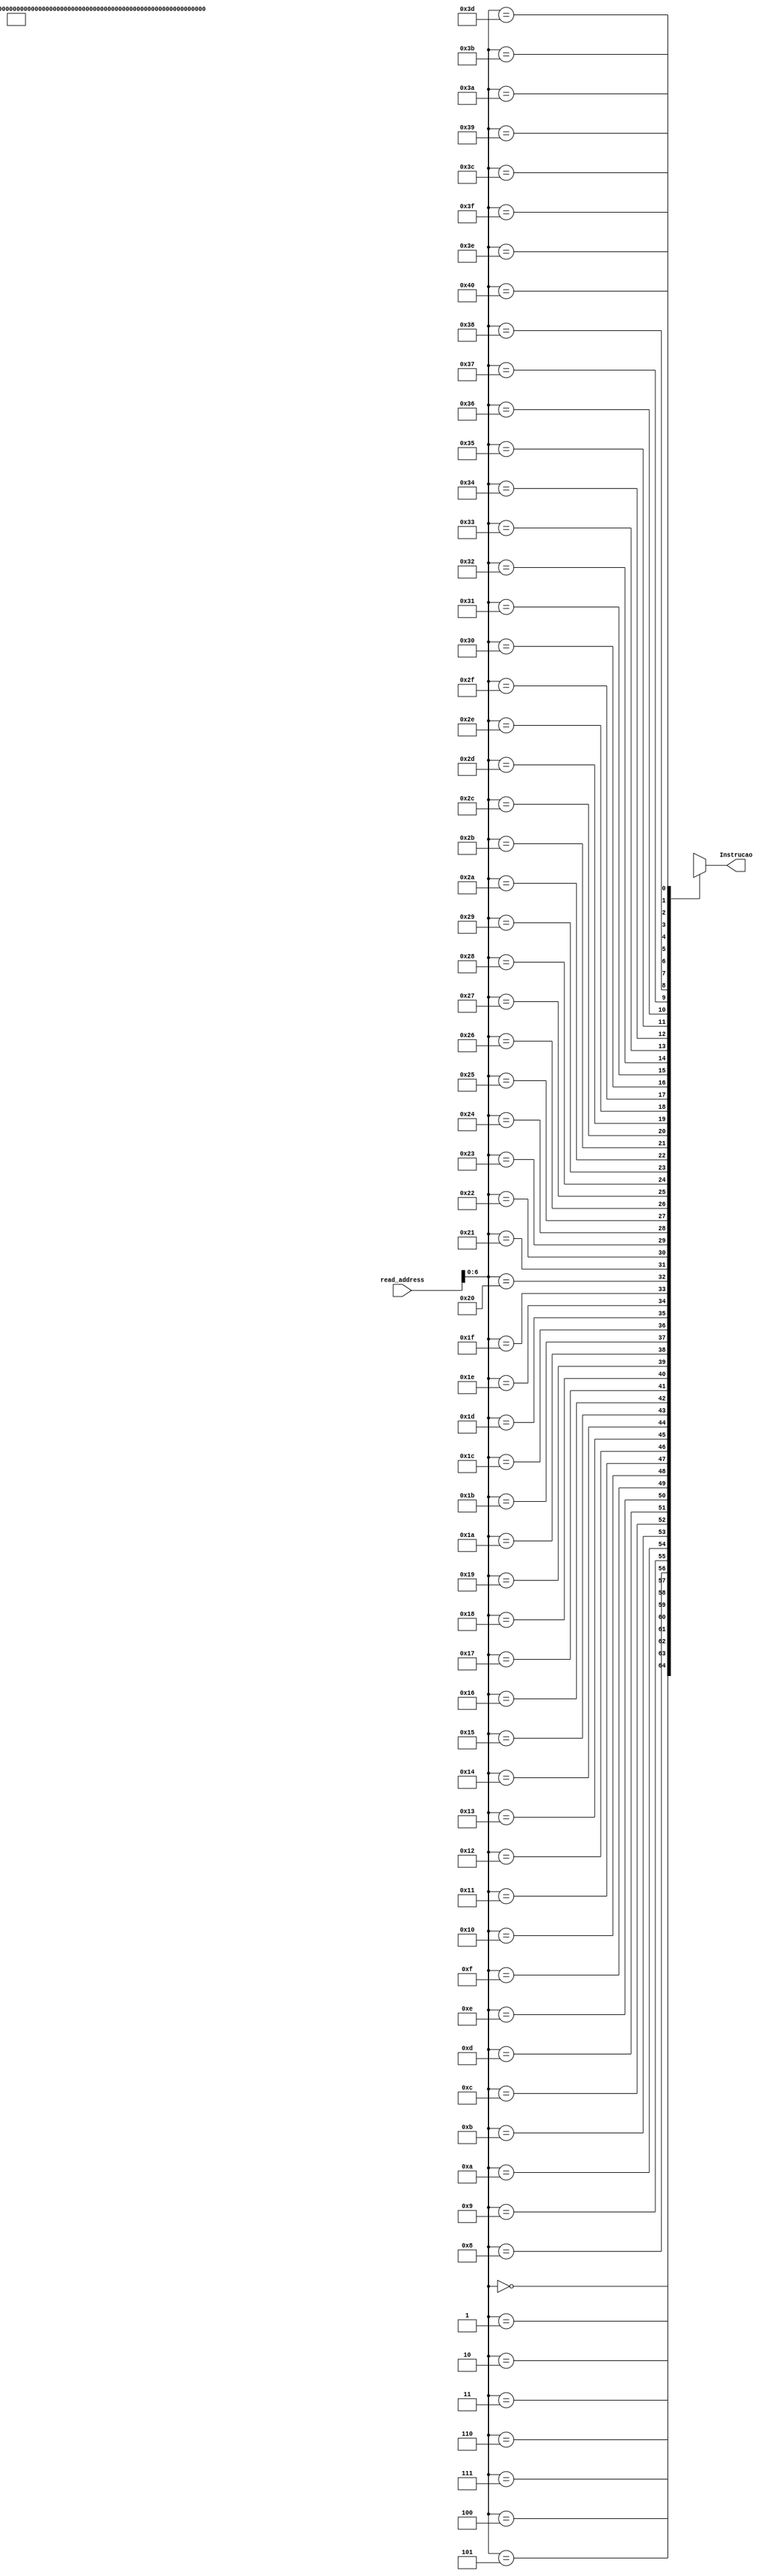
module Memoria_Instrucoes (read_address, Instrucao);
	input [9:0] read_address;
	reg [33:0] mem_instrucoes [64:0];
	output  [33:0] Instrucao; 
	
	always@ (read_address)
		begin
	
		
				//Fibonacci
				
				mem_instrucoes [0] = 34 'B010000_000010_000000_000000_0000000001; //zerando os regiistradores (ADDI) 
				mem_instrucoes [1] = 34 'B010000_000001_000000_000000_0000000010; //zerando os regiistradores (ADDI)
				mem_instrucoes [2] = 34 'B010000_000101_000000_000000_0000000011; //zerando os regiistradores (ADDI)
				mem_instrucoes [3] = 34 'B010000_001000_000000_000000_0000000100; //zerando os regiistradores (ADDI)
				mem_instrucoes [4] = 34 'B010000_000001_000000_000001_0000000101; //Registrador b (000001)= registrador constante (000000) + 1 (ADDI)
				mem_instrucoes [5] = 34 'B100000_000101_000000_000000_0000000110; //Registrador C (000101) = switches (IN)
				mem_instrucoes [6] = 34 'B000000_000100_000010_000001_0000000111; //Auxiliar (000100) = a (000010) + b (000001)  (ADD)
				mem_instrucoes [7] = 34 'B000000_000010_000000_000001_0000001000; // a (000010) = registrador constante (000000) + b (000001) (ADD)
				mem_instrucoes [8] = 34 'B000000_000001_000000_000100_0000001001; // b (000001) = registrador constante (000000) + Auxiliar (000100) (ADD)
				mem_instrucoes [9] = 34 'B010000_001000_001000_000001_0000001010; // d (001000) = d (001000) + 1  (contador) (ADDI)
			   mem_instrucoes [10] = 34 'B001011_000110_000101_001000_0000000110; //   if (C (000101) !=d (001000)) vai para instruo 2 e repete o loop (comparador) (BNE) 
				mem_instrucoes [11] = 34 'B100010_000000_000000_000100_0000000000; //Imprime o valor no display e volta para instruo 0 (OUT)
				
				//Sinttico
				
				/*mem_instrucoes [0] = 34 'B100000_000001_000000_000000_0000000001; //Registrador A (000001) = switches (IN)
				mem_instrucoes [1] = 34 'B100000_000010_000000_000000_0000000010; //Registrador B (000010) = switches (IN)
				mem_instrucoes [2] = 34 'B000000_000011_000010_000001_0000000011; //Registrador C (000011) = B (000010) + A (000001)  (ADD)
				mem_instrucoes [3] = 34 'B100010_000000_000000_000011_0000000100; //Imprime o valor de, no display,  C (000011) (OUT)
				mem_instrucoes [4] = 34 'B000001_000100_000010_000001_0000000101; //Registrador D (000100) = B (000010) - A (000001)  (SUB)
				mem_instrucoes [5] = 34 'B100010_000000_000000_000100_0000000110; //Imprime o valor de, no display,  D (000100) (OUT)
				mem_instrucoes [6] = 34 'B000010_000101_000010_000001_0000000111; //Registrador E (000101) = B (000010) * A (000001)   (MULT)
				mem_instrucoes [7] = 34 'B100010_000000_000000_000101_0000001000; //Imprime o valor de, no display,  E (000101) (OUT)
				mem_instrucoes [8] = 34 'B000011_000110_000010_000001_0000001001; //Registrador F (000101) = B (000010)/A (000001) (DIV)
				mem_instrucoes [9] = 34 'B100010_000000_000000_000110_0000001010; //Imprime o valor de, no display,  F (000110) (OUT)
				mem_instrucoes [10] = 34 'B000100_000111_000010_000001_0000001011; //Registrador G (000111) = B (000010) & A (000001) (AND)
				mem_instrucoes [11] = 34 'B100010_000000_000000_000111_0000001100; //Imprime o valor de, no display,  G (000111) (OUT)
				mem_instrucoes [12] = 34 'B000101_001000_000010_000001_0000001101; //Registrador H (001000) = B (000010) | A (000001) (OR)
				mem_instrucoes [13] = 34 'B100010_000000_000000_001000_0000001110; //Imprime o valor de, no display,   H (001000) (OUT)
				mem_instrucoes [14] = 34 'B000110_001001_000010_000001_0000001111; //Registrador I (001001) = ~ B (000010) (NOT)
				mem_instrucoes [15] = 34 'B100010_000000_000000_001001_0000010000; //Imprime o valor de, no display,   H (001001) (OUT)
				mem_instrucoes [16] = 34 'B000111_001010_000010_000001_0000010001; //Registrador J (001010) = B (000010) ^ A (000001) (XOR)
				mem_instrucoes [17] = 34 'B100010_000000_000000_001010_0000010010; //Imprime o valor de, no display,   J (001010) (OUT)
				mem_instrucoes [18] = 34 'B001000_001011_000010_000001_0000010011; //Registrador K (001011) =  ~ B (000010)/01 (SHR)
				mem_instrucoes [19] = 34 'B100010_000000_000000_001011_0000010100; //Imprime o valor de, no display,   K (001011) (OUT)
				mem_instrucoes [20] = 34 'B001001_001100_000010_000001_0000010101; //Registrador L (001100) =  B (000010)* 01 (SHL)
				mem_instrucoes [21] = 34 'B100010_000000_000000_001100_0000010110; //Imprime o valor de, no display,   L (001100) (OUT) 
				mem_instrucoes [22] = 34 'B110000_000000_000000_000000_0000010111; // Vai para o endereo da prxima instruo (JUMP)
				mem_instrucoes [23] = 34 'B010000_001101_000000_000011_0000011000; //Registrador M (001101) =  Registrador constante (000000) + 3 (ADDI)
				mem_instrucoes [24] = 34 'B010001_001111_001101_000001_0000011001; //Registrador N (001111) =  Registrador M (001101)  - 1 (SUBI)
				mem_instrucoes [25] = 34 'B100110_000000_000001_001111_0000011010; // Memria (000001) = Registrador N (001111) (STORE)
				mem_instrucoes [26] = 34 'B100100_010000_000001_000000_0000011011; // Registrador O (010000) = Memria (000001) (LOAD)
				mem_instrucoes [27] = 34 'B100010_000000_000000_010000_0000011100; //Imprime o valor de, no display,  O (010000) (OUT)
				mem_instrucoes [28] = 34 'B101000_010001_000000_000100_0000011101; // Registrador P (010001) = 4 (LOADIM)
				mem_instrucoes [29] = 34 'B100010_000000_000000_010001_0000011110; //Imprime o valor de, no display,  P (010001) (OUT)
				mem_instrucoes [30] = 34 'B010000_010010_000000_000101_0000011111; //Registrador Q (010010) =  Registrador constante (000000) + 5 (ADDI)
				mem_instrucoes [31] = 34 'B010000_010011_000000_000111_0000100000; //Registrador R (010011) =  Registrador constante (000000) + 6 (ADDI)
				mem_instrucoes [32] = 34 'B001010_000000_010010_010011_0000100010; // IF (Q (010010)==R (010011)) imprime 6, mas no 5; else imprime 5 e 6 (BEQ)
				mem_instrucoes [33] = 34 'B100010_000000_000000_010010_0000100010; //Imprime o valor de, no display,  Q (010010) (OUT)
				mem_instrucoes [34] = 34 'B100010_000000_000000_010011_0000100011; //Imprime o valor de, no display,  R (010011) (OUT)
				mem_instrucoes [35] = 34 'B100000_010100_000000_000000_0000100100; //Registrador S (010100) = switches (IN)
				mem_instrucoes [36] = 34 'B100000_010101_000000_000000_0000100101; //Registrador T (010101) = switches (IN)
				mem_instrucoes [37] = 34 'B001100_000000_010100_010101_0000100111; // IF (S (010100)< T (010101)) imprime T (010101), mas no S (010100); else imprime S (010100) e T (010101) (BLE)
				mem_instrucoes [38] = 34 'B100010_000000_000000_010100_0000100111; //Imprime o valor de, no display,  S (010100) (OUT)
				mem_instrucoes [39] = 34 'B100010_000000_000000_010101_0000101000; //Imprime o valor de, no display,  T (010101) (OUT)
				mem_instrucoes [40] = 34 'B100000_010110_000000_000000_0000101001; //Registrador U (010110) = switches (IN)
				mem_instrucoes [41] = 34 'B100000_010111_000000_000000_0000101010; //Registrador V (010111) = switches (IN)
				mem_instrucoes [42] = 34 'B001100_000000_010110_010111_0000101100; // IF (U (010110)< V (010111)) imprime V (010111), mas no U (010110); else imprime U (010110) e V (010111) (BGE)
				mem_instrucoes [43] = 34 'B100010_000000_000000_010110_0000101100; //Imprime o valor de, no display,  U (010110) (OUT)
				mem_instrucoes [44] = 34 'B100010_000000_000000_010111_0000101100;*/ //Imprime o valor de, no display,  V (010111) (OUT)
		
			/*mem_instrucoes [0] = 34 'B100000_000001_000000_000000_0000000001; //Registrador A (000001) = switches (IN)
			  mem_instrucoes [1] = 34 'B100000_000010_000000_000000_0000000010; //Registrador B (000010) = switches (IN)
			  mem_instrucoes [2] = 34 'B010000_000011_000000_000001_0000000011;
			  mem_instrucoes [3] = 34 'B010000_000100_000000_000000_0000000100;
			  mem_instrucoes [4] = 34 'B001100_000000_000001_000010_0000000110; // IF (U (010110)< V (010111)) imprime V (010111), mas no U (010110); else imprime U (010110) e V (010111) (BGE)
			  mem_instrucoes [5] = 34 'B100010_000000_000000_000100_0000000101; //Imprime o valor de, no display,  U (010110) (OUT)
			  mem_instrucoes [6] = 34 'B100010_000000_000000_000011_0000000110; */ //Imprime o valor de, no display,  V (010111) (OUT)
		end
		
		assign Instrucao = mem_instrucoes[read_address];
	 
endmodule